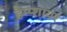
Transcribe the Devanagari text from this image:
हैम्प्शायर